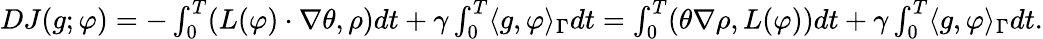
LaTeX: \begin{array}{r}{DJ(g;\varphi)=-\int_{0}^{T}(L(\varphi)\cdot\nabla\theta,\rho)dt+\gamma\int_{0}^{T}\langle g,\varphi\rangle_{\Gamma}dt=\int_{0}^{T}(\theta\nabla\rho,L(\varphi))dt+\gamma\int_{0}^{T}\langle g,\varphi\rangle_{\Gamma}dt.}\end{array}